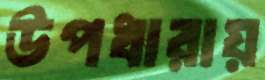
উপধারায়